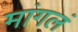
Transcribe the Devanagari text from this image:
मांगलं